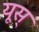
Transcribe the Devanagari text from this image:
यूस्